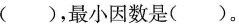
()，最小因数是()。